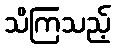
သိကြသည့်